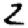
Digit: 2